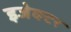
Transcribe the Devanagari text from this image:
इजेक्टर